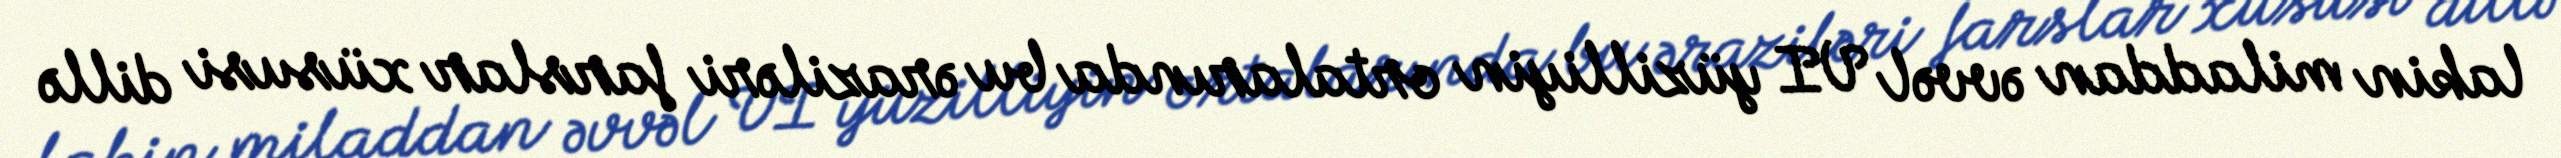
lakin miladdan əvvəl VI yüzilliyin ortalarında bu əraziləri farslar xüsusi dillə